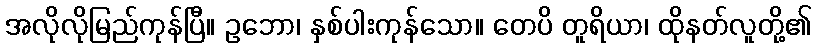
အလိုလိုမြည်ကုန်ပြီ။ ဥဘော၊ နှစ်ပါးကုန်သော။ တေပိ တူရိယာ၊ ထိုနတ်လူတို့၏